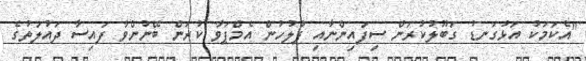
"އެކަމަކު އަޅުގަނޑު ގަބޫލުކުރަން ސިފައިންނާއި ފުލުހުން އެމްޕަވާ ކުރަން ބޭނުންވާ ފައިސާ ދައުލަތުގެ